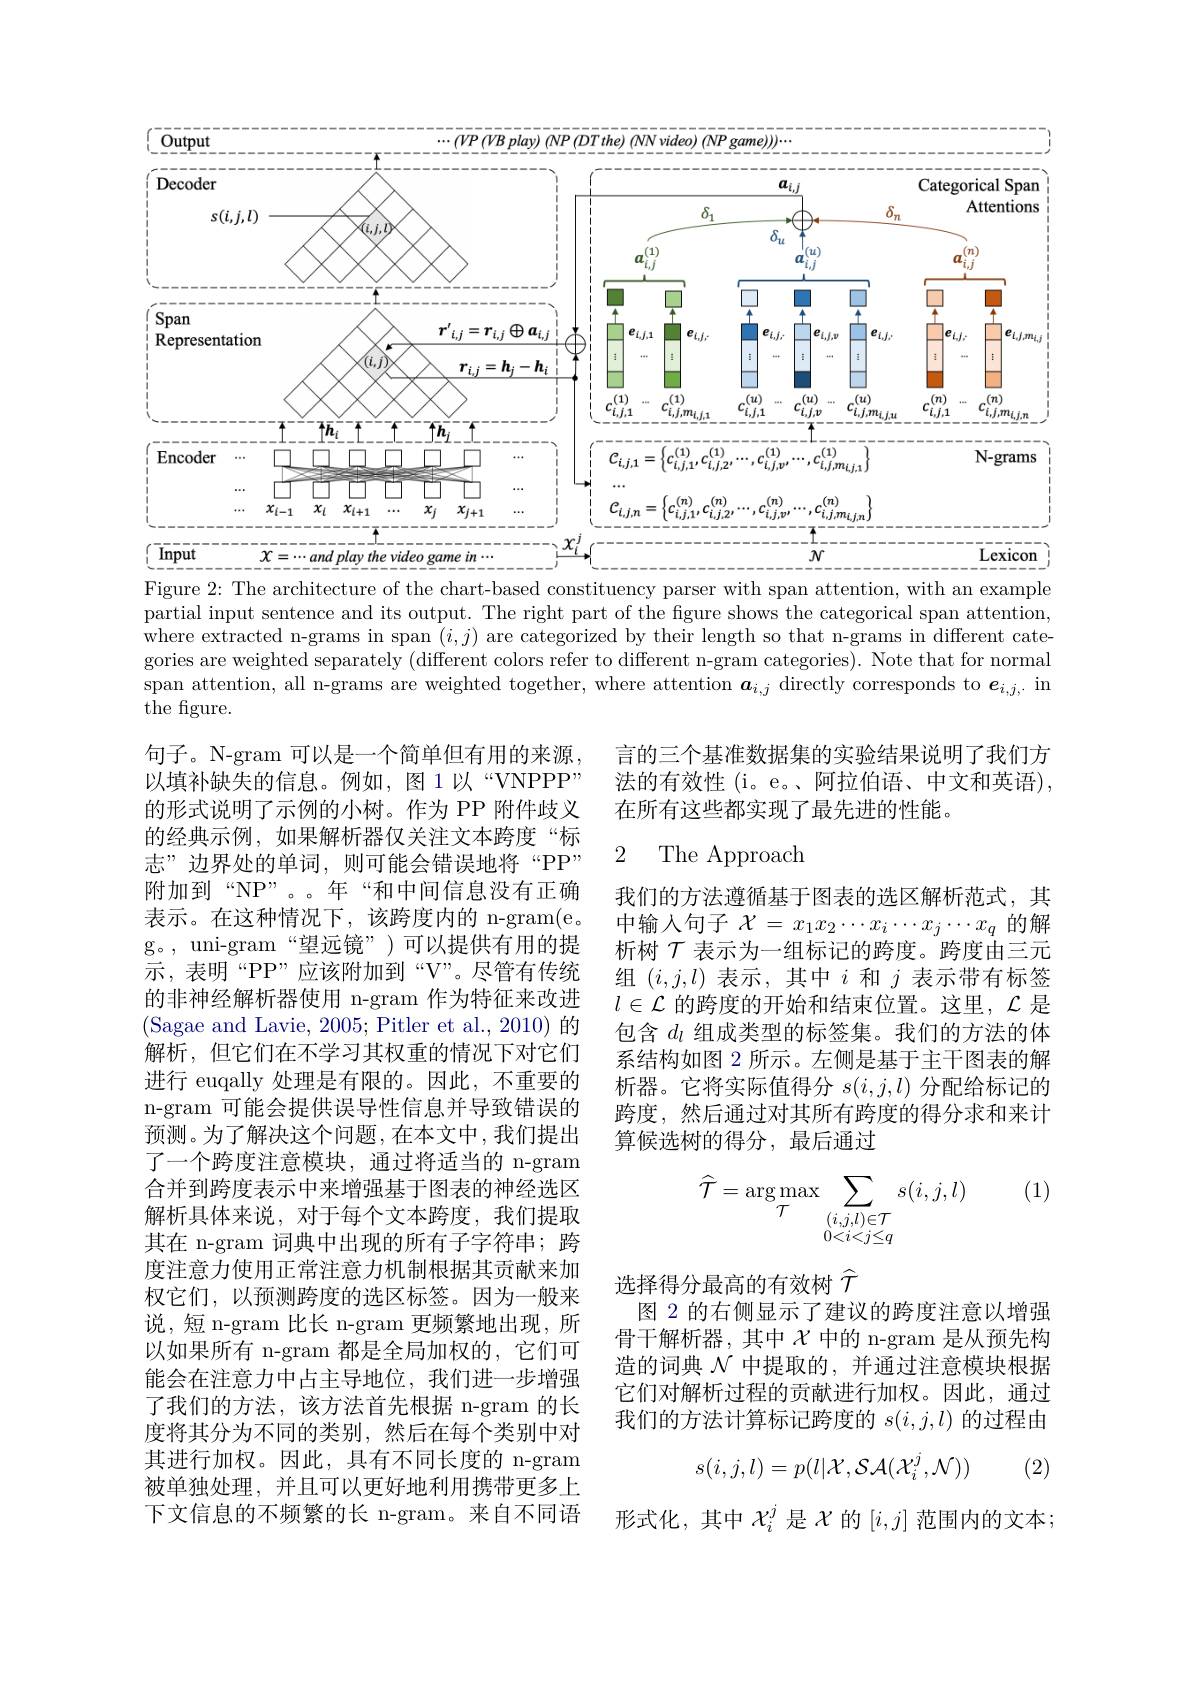
<FigureHere>

Figure 2: The architecture of the chart-based constituency parser with span attention, with an example

partial input sentence and its output. The right part of the figure shows the categorical span attention, where extracted n-grams in span $(i,j)$ are categorized by their length so that n-grams in different categories are weighted separately (different colors refer to different n-gram categories). Note that for normal $\begin{array}{c}\mathrm{span~attention,~all~n-grams~are~weighted~together,~where~attention~}\boldsymbol{a}_{i,j}\end{array}$directly corresponds to $\boldsymbol{e}_i,j$,in the figure.

言的三个基准数据集的实验结果说明了我们方法的有效性(i。e。、阿拉伯语、中文和英语) 在所有这些都实现了最先进的性能。

### 2 The Approach

我们的方法遵循基于图表的选区解析范式，其中输人句子$\mathcal{X}=x_1x_2\cdots x_i\cdots x_j\cdots x_q$的解析树$\mathcal{T}$表示为一组标记的跨度。跨度由三元组$(i,j,l)$表示，其中$i$和$j$表示带有标签$l\in\mathcal{L}$的跨度的开始和结束位置。这里，$\mathcal{L}$是包含$d_l$组成类型的标签集。我们的方法的体系结构如图 2 所示。左侧是基于主干图表的解析器。它将实际值得分$s(i,j,l)$分配给标记的跨度，然后通过对其所有跨度的得分求和来计算候选树的得分，最后通过

句子。N-gram 可以是一个简单但有用的来源， 以填补缺失的信息。例如，图1以“VNPPP” 的形式说明了示例的小树。作为 PP 附件歧义的经典示例，如果解析器仅关注文本跨度“标志”边界处的单词，则可能会错误地将“PP” 附加到“NP”。。年“和中间信息没有正确表示。在这种情况下，该跨度内的 n-gram(e。g。, uni-gram“望远镜”)可以提供有用的提示，表明“PP”应该附加到“V”。尽管有传统的非神经解析器使用 n-gram 作为特征来改进(Sagae and Lavie, 2005; Pitler et al., 2010) 的解析，但它们在不学习其权重的情况下对它们进行 euqally 处理是有限的。因此，不重要的n-gram 可能会提供误导性信息并导致错误的预测。为了解决这个问题，在本文中，我们提出了一个跨度注意模块，通过将适当的 n-gram 合并到跨度表示中来增强基于图表的神经选区解析具体来说，对于每个文本跨度，我们提取其在 n-gram 词典中出现的所有子字符串；跨度注意力使用正常注意力机制根据其贡献来加权它们，以预测跨度的选区标签。因为一般来说，短 n-gram 比长 n-gram 更频繁地出现，所以如果所有 n-gram 都是全局加权的，它们可能会在注意力中占主导地位，我们进一步增强了我们的方法，该方法首先根据 n-gram 的长度将其分为不同的类别，然后在每个类别中对其进行加权。因此，具有不同长度的 n-gram 被单独处理，并且可以更好地利用携带更多上下文信息的不频繁的长 n-gram。来自不同语

(1)
$$\hat{\mathcal{T}}=\arg\max_{\mathcal{T}}\sum_{\stackrel{(i,j,l)\in\mathcal{T}}{0<i<j\leq q}}s(i,j,l)$$
选择得分最高的有效树$\widehat{\tau}$
图 2 的右侧显示了建议的跨度注意以增强骨干解析器，其中$\chi$ 中的 n-gram 是从预先构造的词典$\mathcal{N}$中提取的，并通过注意模块根据它们对解析过程的贡献进行加权。因此，通过我们的方法计算标记跨度的$s(i,j,l)$的过程由
$$s(i,j,l)=p(l|\mathcal{X},\mathcal{SA}(\mathcal{X}_{i}^{j},\mathcal{N}))$$
(2)

形式化，其中$\mathcal{X}_i^j$是$\mathcal{X}$的$[i,j]$范围内的文本；